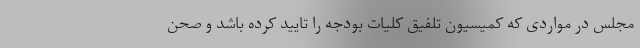
مجلس در مواردی که کمیسیون تلفیق کلیات بودجه را تایید کرده باشد و صحن